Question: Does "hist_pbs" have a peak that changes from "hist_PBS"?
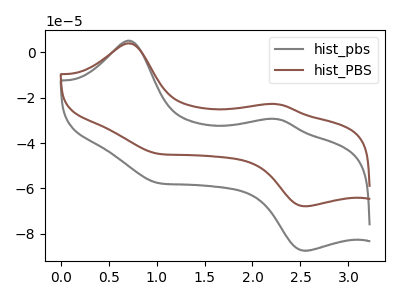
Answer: <think>The gray curve "hist_pbs" has anodic peaks at (0.70V, 5.20uA) (2.25V, -29.35uA) and cathodic peaks at (1.00V, -57.50uA) (2.55V, -87.55uA). The brown curve "hist_PBS" has anodic peaks at (0.70V, 4.00uA) (2.25V, -22.80uA) and cathodic peaks at (1.00V, -44.60uA) (2.55V, -67.90uA).
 All the peaks in "hist_pbs" have a peak in "hist_PBS" at the same potential.</think>
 <answer>No, "hist_pbs" and "hist_PBS" don't appear to be significantly different in shape</answer>
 <eval>no_change</eval>